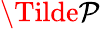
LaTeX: \Tilde{\mathcal P}